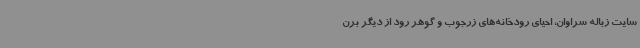
سایت زباله سراوان، احیای رودخانه‌های زرجوب و گوهر رود از دیگر برن